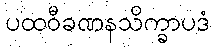
ပထဝီခဏနသိက္ခာပဒံ